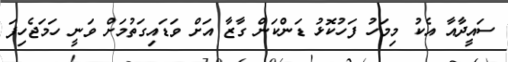
ސައީދާއާ އެކު މިމަހު ފަހުކޮޅު ޑަންކަން ގާޒާ އަށް ވަޑައިގަތުމަށް ވަނީ ހަމަޖެހިފަ